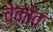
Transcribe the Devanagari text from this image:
चेकोव